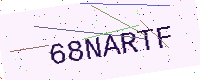
Text: 68NARTF